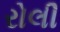
રોલી